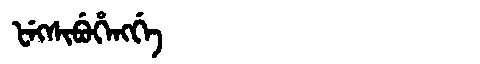
Manchu: ᡶᡝᡴᠰᡳᠪᡠᡥᡝᠩᡤᡝ
Romanization: FEKSIBUHENGGE